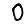
Digit: 0